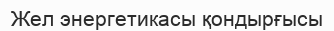
Жел энергетикасы қондырғысы